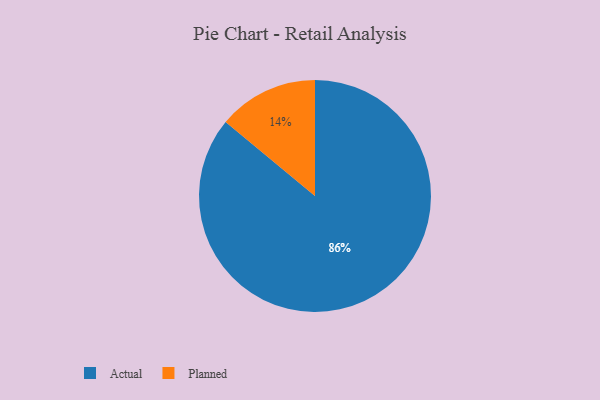
{"axis": {"x": "Category", "y": "Percentage"}, "legend": ["Actual", "Planned"], "data": [{"x": "Actual", "y": 86, "type": "Actual"}, {"x": "Planned", "y": 14, "type": "Planned"}]}